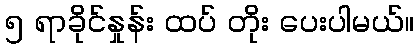
၅ ရာခိုင်နှုန်း ထပ် တိုး ပေးပါမယ်။